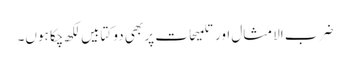
ضرب الامثال اور تلمیحات پر بھی دو کتابیں لکھ چکا ہوں۔